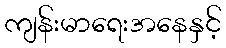
ကျန်းမာရေးအနေနှင့်